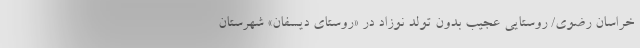
خراسان رضوی/ روستایی عجیب بدون تولد نوزاد در «روستای دیسفان» شهرستان